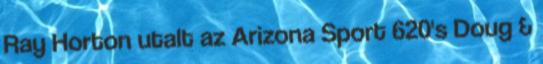
Ray Horton utalt az Arizona Sport 620's Doug &